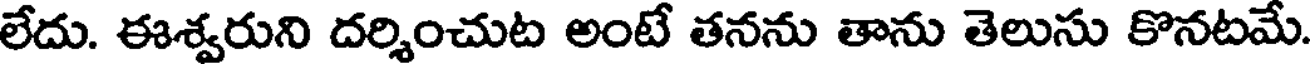
లేదు. ఈశ్వరుని దర్శించుట అంటే తనను తాను తెలుసు కొనటమే.